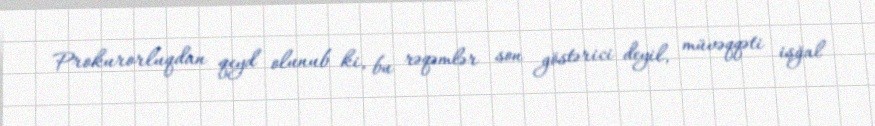
Prokurorluqdan qeyd olunub ki, bu rəqəmlər son göstərici deyil, müvəqqəti işğal